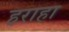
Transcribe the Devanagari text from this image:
हराहा